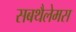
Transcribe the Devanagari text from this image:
सबथैलेमस